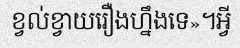
ខ្វល់ខ្វាយរឿងហ្នឹងទេ»។អ្វី